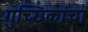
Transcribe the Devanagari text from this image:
गुच्छिकांचा